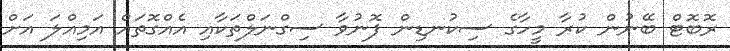
ރޮބޮޓް ބޭނުން ކުރާ މީހާގެ ސިކުނޑިން ފޮނުވާ ސިގްނަލްތަކާއި އެއްގޮތައް އަމިއްލަ އަށް